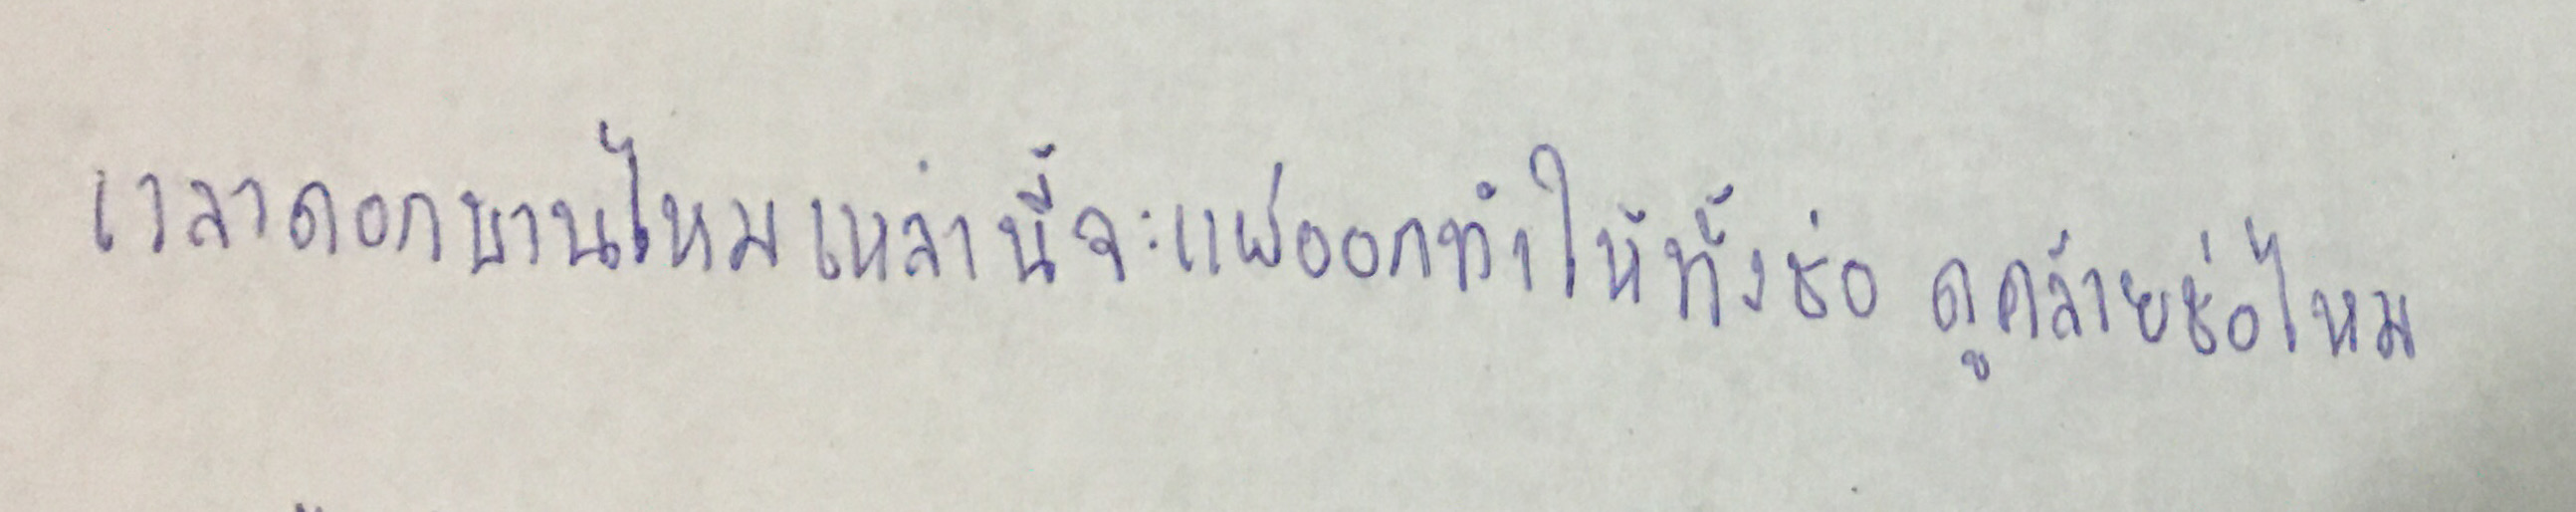
เวลาดอกบานไหมเหล่านี้จะแผ่ออกทำให้ทั้งช่อดูคล้ายช่อไหม